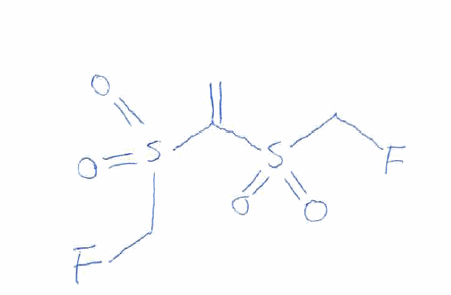
Simplified molecular-input line-entry system (SMILES) notation of the given molecule:
C=C(S(=O)(=O)CF)S(=O)(=O)CF